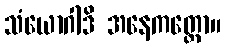
သံယောဂါဒိ အနေကတ္ထော။